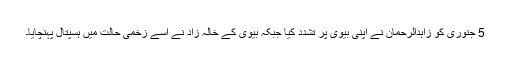
5 جنوری کو زاہدالرحمان نے اپنی بیوی پر تشدد کیا جبکہ بیوی کے خالہ زاد نے اسے زخمی حالت میں ہسپتال پہنچایا۔